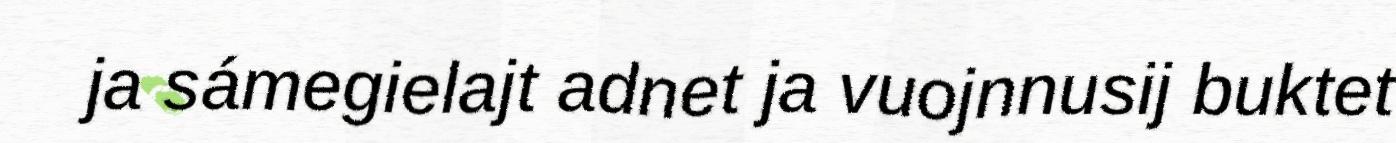
ja sámegielajt adnet ja vuojnnusij buktet